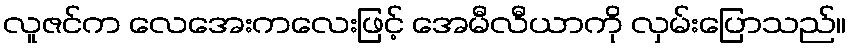
လူဇင်က လေအေးကလေးဖြင့် အေမီလီယာကို လှမ်းပြောသည်။